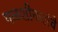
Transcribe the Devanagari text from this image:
पळशीकरांचे